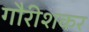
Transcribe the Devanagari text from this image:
गौरीशकर